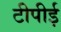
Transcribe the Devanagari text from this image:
टीपीई